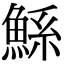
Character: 鯀